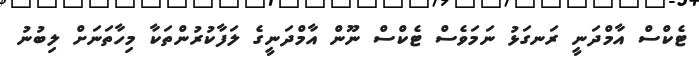
ޓެކްސް އާމްދަނީ ރަނގަޅު ނަމަވެސް ޓެކްސް ނޫން އާމްދަނީގެ ލަފާކުރުންތަކާ މިހާތަނަށް ލިބުނު